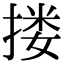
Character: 搂